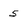
Character: 5